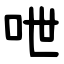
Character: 呭